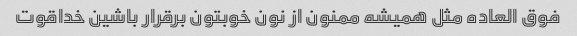
فوق العاده مثل همیشه ممنون از نون خوبتون برقرار باشین خداقوت